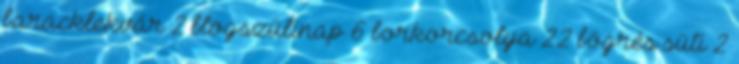
baracklekvár 2 blogszülinap 6 borkorcsolya 22 bögrés süti 2